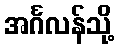
အင်္ဂလန်သို့